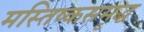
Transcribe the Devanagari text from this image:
मस्तिष्कसमृद्ध